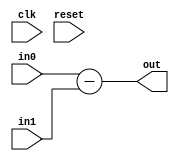
// This program was cloned from: https://github.com/NYU-MLDA/OpenABC
// License: BSD 3-Clause "New" or "Revised" License

module Subtractor_0x422b1f52edd46a85
(
  input  wire [   0:0] clk,
  input  wire [  15:0] in0,
  input  wire [  15:0] in1,
  output reg  [  15:0] out,
  input  wire [   0:0] reset
);



  // PYMTL SOURCE:
  //
  // @s.combinational
  // def comb_logic():
  //       s.out.value = s.in0 - s.in1

  // logic for comb_logic()
  always @ (*) begin
    out = (in0-in1);
  end


endmodule